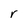
Character: r